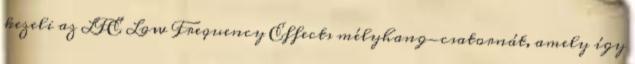
kezeli az LFE Low Frequency Effects mélyhang-csatornát, amely így